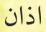
اذان